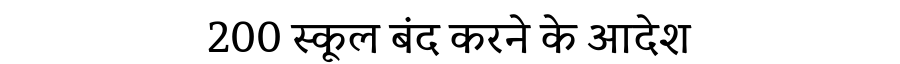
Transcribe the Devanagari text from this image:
200 स्कूल बंद करने के आदेश